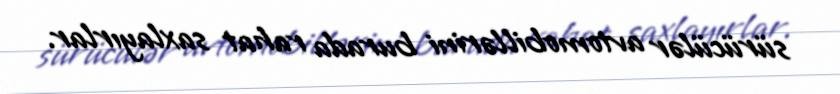
sürücülər avtomobillərini burada rahat saxlayırlar.